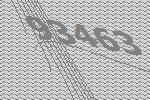
93463